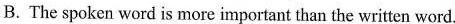
B.The spoken word is more important than the written word.